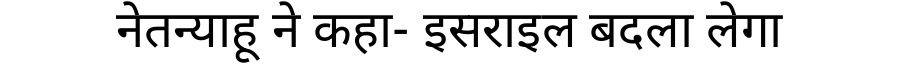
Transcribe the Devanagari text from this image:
नेतन्याहू ने कहा- इसराइल बदला लेगा